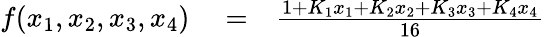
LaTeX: \begin{array}{rlr}{f(x_{1},x_{2},x_{3},x_{4})}&{{}=}&{\frac{1+K_{1}x_{1}+K_{2}x_{2}+K_{3}x_{3}+K_{4}x_{4}}{16}}\end{array}